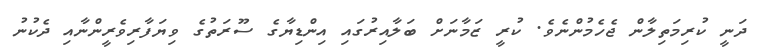
ދަނީ ކުރިމަތިލާން ޖެހެމުންނެވެ. ކުރީ ޒަމާނަށް ބަލާއިރުގައި އިންޑިޔާގެ ސޫރަތުގެ ވިޔަފާރިވެރީންނާއި ދެކުނު